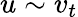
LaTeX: u\sim v_{t}